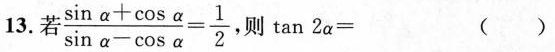
13. 若\frac {（\sin \alpha +\cos \alpha）}{\sin\alpha-\cos \alpha}=\frac{1}{2}, 则 \tan 2\alpha = (